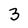
Character: 3